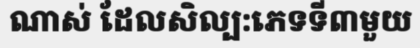
ណាស់ ដែលសិល្ប:ភេទទី៣មួយ